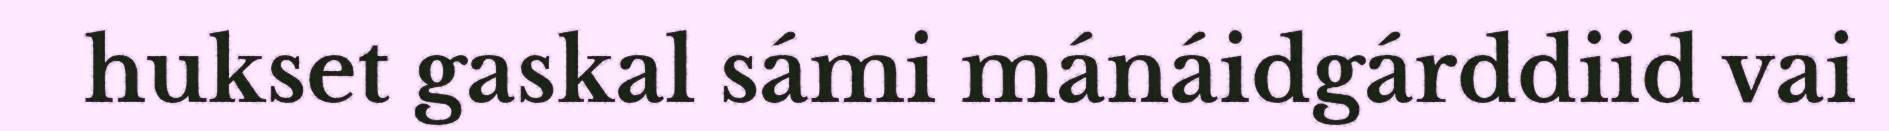
hukset gaskal sámi mánáidgárddiid vai